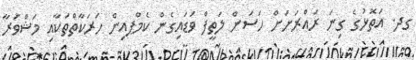
ގދ. އަތޮޅުގެ ގިނަ ރައްރަށަށް ހަސަން ލަތީފް ވަޑައިގެން ކެމްޕއިން ހަރަކާތްތަކާއި މަޝްވަރާ